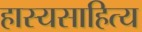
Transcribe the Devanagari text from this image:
हास्यसाहित्य